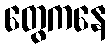
တွေကနေ